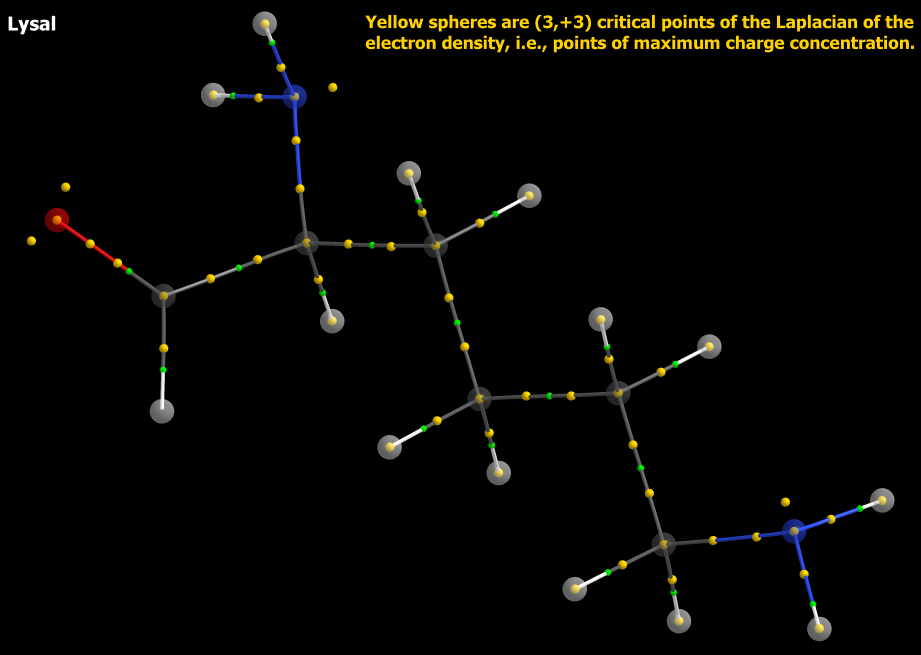
aimaii, QTAIM,critical points